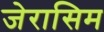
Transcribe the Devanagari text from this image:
जेरासिम